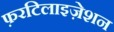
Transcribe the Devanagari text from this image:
फ़रटिलाइज़ेशन